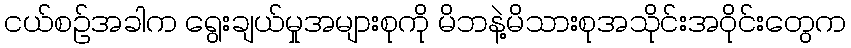
ငယ်စဉ်အခါက ရွေးချယ်မှုအများစုကို မိဘနဲ့မိသားစုအသိုင်းအဝိုင်းတွေက